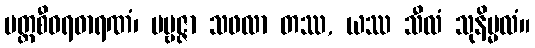
ပတ္တစီဝရဓာရဏံ၊ ပဗ္ဗဇ္ဇာ သဖလာ တဿ, ယဿ သီလံ သုနိမ္မလံ။